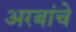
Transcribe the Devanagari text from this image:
अरबांचे